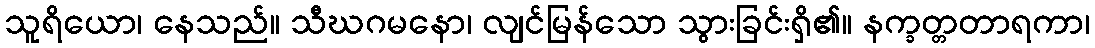
သူရိယော၊ နေသည်။ သီဃဂမနော၊ လျင်မြန်သော သွားခြင်းရှိ၏။ နက္ခတ္တတာရကာ၊